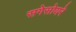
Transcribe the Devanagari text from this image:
सगेसोयरे